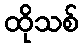
ထိုသစ်